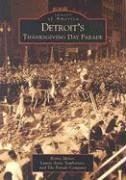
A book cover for Detroit's Thanksgiving Day Parade (Images  of  America); Romie Minor; Travel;